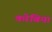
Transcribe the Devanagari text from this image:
करेबिया